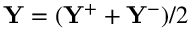
\mathbf { Y } = ( \mathbf { Y ^ { + } } + \mathbf { Y ^ { - } } ) / 2